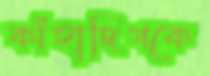
কাঁহাদিগকে